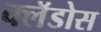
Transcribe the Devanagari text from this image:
क्लॅडोस